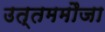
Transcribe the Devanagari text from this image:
उत्तममौजा